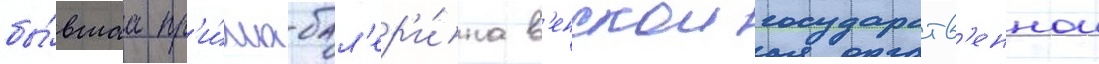
бы́вшаа пр'и́ма-бал'ер'и́на в'енскои государств'еннои